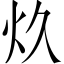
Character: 𰝺